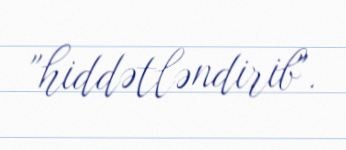
"hiddətləndirib".